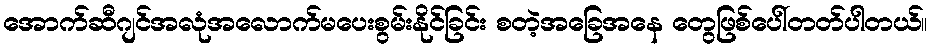
အောက်ဆီဂျင်အလုံအလောက်မပေးစွမ်းနိုင်ခြင်း စတဲ့အခြေအနေ တွေဖြစ်ပေါ်တတ်ပါတယ်။